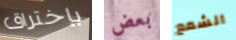
بإختراق بعض الشمع